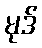
မုဒ်